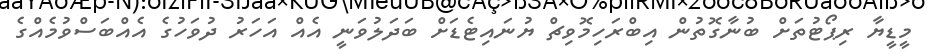
މީޑީޔާ ރިޕޯޓުތަށް ބުނާގޮތުން އިބްރަހިމޮވިޗް ޔުނައިޓެޑަށް ބަދަލުވަނީ އެއް އަހަރު ދުވަހުގެ އެއްބަސްވުމެއްގެ